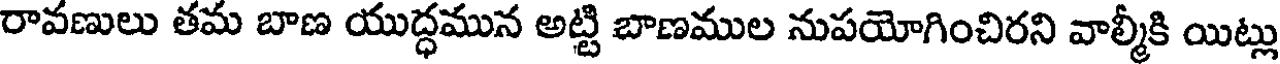
రావణులు తమ బాణ యుద్ధమున అట్టి బాణముల నుపయోగించిరని వాల్మీకి యిట్లు